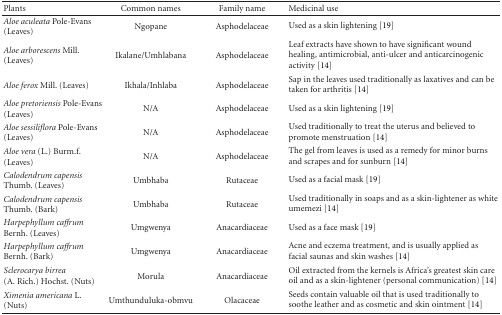
<table><thead><tr><td><b>Plants</b></td><td><b>Common names</b></td><td><b>Family name</b></td><td><b>Medicinal use</b></td></tr></thead><tbody><tr><td><i>Aloe aculeata</i> Pole-Evans (Leaves)</td><td>Ngopane</td><td>Asphodelaceae</td><td>Used as a skin lightening [19]</td></tr><tr><td><i>Aloe arborescens </i>Mill. (Leaves)</td><td>Ikalane/Umhlabana</td><td>Asphodelaceae</td><td>Leaf extracts have shown to have significant wound healing, antimicrobial, anti-ulcer and anticarcinogenic activity [14]</td></tr><tr><td><i>Aloe ferox</i> Mill. (Leaves)</td><td>Ikhala/Inhlaba</td><td>Asphodelaceae</td><td>Sap in the leaves used traditionally as laxatives and can be taken for arthritis [14]</td></tr><tr><td><i>Aloe pretoriensis</i> Pole-Evans (Leaves)</td><td>N/A</td><td>Asphodelaceae</td><td>Used as a skin lightening [19]</td></tr><tr><td><i>Aloe sessiliflora</i> Pole-Evans (Leaves)</td><td>N/A</td><td>Asphodelaceae</td><td>Used traditionally to treat the uterus and believed to promote menstruation [14]</td></tr><tr><td><i>Aloe vera</i> (L.) Burm.f. (Leaves)</td><td>N/A</td><td>Asphodelaceae</td><td>The gel from leaves is used as a remedy for minor burns and scrapes and for sunburn [14]</td></tr><tr><td><i>Calodendrum capensis </i>Thumb. (Leaves)</td><td>Umbhaba</td><td>Rutaceae</td><td>Used as a facial mask [19]</td></tr><tr><td><i>Calodendrum capensis</i> Thumb. (Bark)</td><td>Umbhaba</td><td>Rutaceae</td><td>Used traditionally in soaps and as a skin-lightener as white umemezi [14]</td></tr><tr><td><i>Harpephyllum caffrum </i>Bernh. (Leaves)</td><td>Umgwenya</td><td>Anacardiaceae</td><td>Used as a face mask [19]</td></tr><tr><td><i>Harpephyllum caffrum </i>Bernh. (Bark)</td><td>Umgwenya</td><td>Anacardiaceae</td><td>Acne and eczema treatment, and is usually applied as facial saunas and skin washes [14]</td></tr><tr><td><i>Sclerocarya birrea </i>(A. Rich.) Hochst. (Nuts)</td><td>Morula</td><td>Anacardiaceae</td><td>Oil extracted from the kernels is Africa&#x27;s greatest skin care oil and as a skin-lightener (personal communication) [14]</td></tr><tr><td><i>Ximenia americana</i> L. (Nuts)</td><td>Umthunduluka-obmvu</td><td>Olacaceae</td><td>Seeds contain valuable oil that is used traditionally to soothe leather and as cosmetic and skin ointment [14]</td></tr></tbody></table>